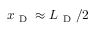
x _ { \mathrm { ~ D ~ } } \approx L _ { \mathrm { ~ D ~ } } / 2